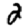
Digit: 2